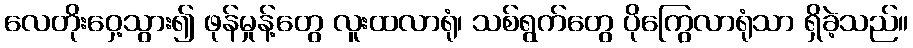
လေတိုးဝှေ့သွား၍ ဖုန်မှုန့်တွေ လူးထလာရုံ၊ သစ်ရွက်တွေ ပိုကြွေလာရုံသာ ရှိခဲ့သည်။